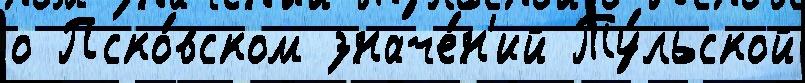
о Пско́вском значе́н'ий Ту́льской